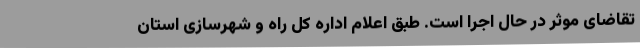
تقاضای موثر در حال اجرا است. طبق اعلام اداره کل راه و شهرسازی استان